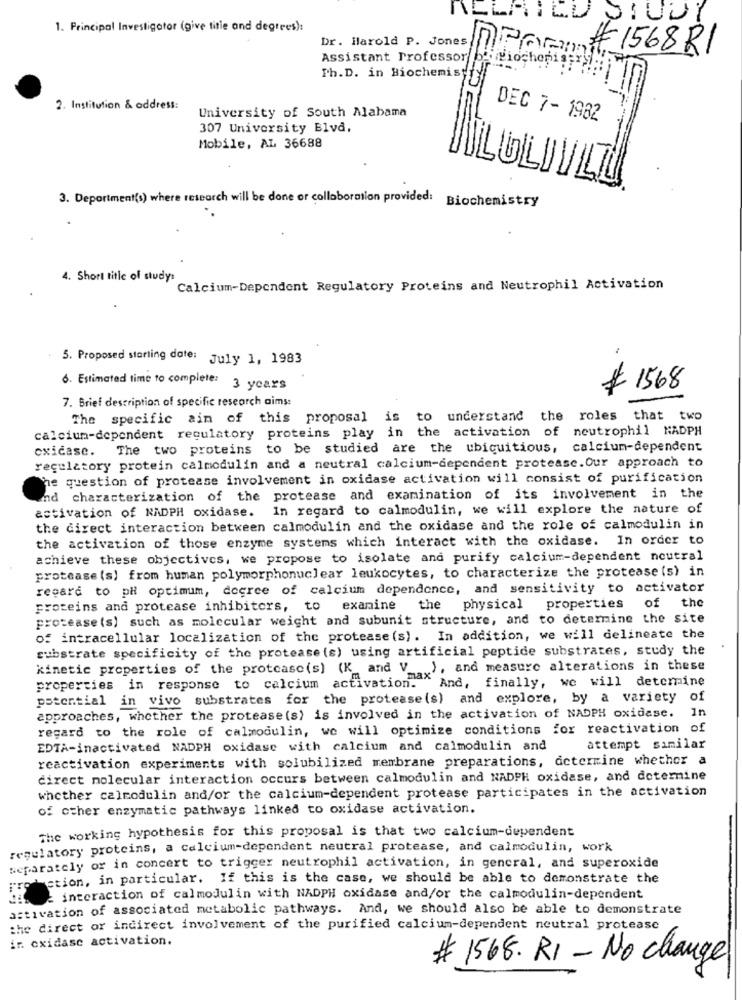
ILLAILU SIOUI
1. Principal Investigator (give title and degrees):
Dr. Harold P. Jones
#1568R1
Assistant Professor
briochenigery
Ph.D. in Biochemisy
2. Institution & address:
University of South Alabama
DEC 7- 1982
307 University Blvd.
Mobile, AL 36688
3. Department(s) where research will be done or collaboration provided: Biochemistry
4. Short title of study:
Calcium-Dependent Regulatory Proteins and Neutrophil Activation
5. Proposed starting date: July 1, 1983
6. Estimated time to complete: 3 years
# 1568
7. Brief description of specific research aims:
The specific aim of this proposal is to understand the roles that two
calcium-dependent regulatory proteins play in the activation of neutrophil NADPH
The two proteins to be studied are the ubiquitious, calcium-dependent
cxicase.
regulatory protein calmodulin and a neutral calcium-dependent protease.Our approach to
The question of protease involvement in oxidase activation will consist of purification
and characterization of the protease and examination of its involvement in the
activation of NADPH oxidase. In regard to calmodulin, we will explore the nature of
the direct interaction between calmodulin and the oxidase and the role of calmodulin in
the activation of those enzyme systems which interact with the oxidase. In order to
achieve these objectives, we propose to isolate and purify calcium-dependent neutral
protease (s) from human polymorphonuclear leukocytes, to characterize the protease (s) in
regard to pH optimum, degree of calcium dependence, and sensitivity to activator
proteins and protease inhibitors,
to
examine the physical properties
of the
protease (s) such as molecular weight and subunit structure, and to determine the site
of intracellular localization of the protease (s). In addition, we will delineate the
substrate specificity of the protease (s) using artificial peptide substrates, study the
kinetic properties of the protcasc(s) (K and V_), and measure alterations in these
properties in response to calcium activation. "And, finally, we will determine
potential in vivo substrates for the protease(s) and explore, by a variety of
In
approaches, whether the protease(s) is involved in the activation of NADPH oxidase.
regard to the role of calmodulin, we will optimize conditions for reactivation of
EDTA-inactivated NADPH oxidase with calcium and calmodulin and
attempt similar
reactivation experiments with solubilized membrane preparations, determine whether a
direct molecular interaction occurs between calmodulin and NADPH oxidase, and determine
whether calmodulin and/or the calcium-dependent protease participates in the activation
of other enzymatic pathways linked to oxidase activation.
The working hypothesis for this proposal is that two calcium-dependent
regulatory proteins, a calcium-dependent neutral protease, and calmodulin, work
separately or in concert to trigger neutrophil activation, in general, and superoxide
ction, in particular. If this is the case, we should be able to demonstrate the
- interaction of calmodulin with NADPH oxidase and/or the calmodulin-dependent
activation of associated metabolic pathways. And, we should also be able to demonstrate
the direct or indirect involvement of the purified calcium-dependent neutral protease
in cxidase activation.
# 1568. RI - No change